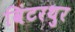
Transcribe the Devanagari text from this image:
विंटरथुर